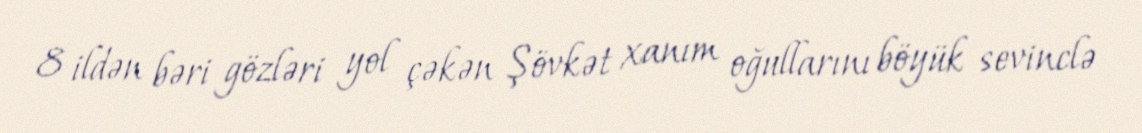
8 ildən bəri gözləri yol çəkən Şövkət xanım oğullarını böyük sevinclə